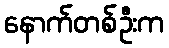
နောက်တစ်ဦးက